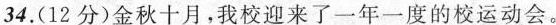
34.(12分)金秋十月，我校迎来了一年一度的校运动会。